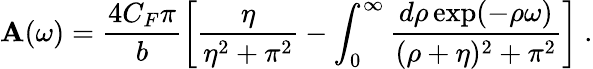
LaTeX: \mathbf{A}(\omega)=\frac{{4C_{F}\pi}}{{b}}\left[\frac{{\eta}}{{\eta^{2}+\pi^{2}}}-\int_{0}^{\infty}\frac{{d\rho\exp(-\rho\omega)}}{{(\rho+\eta)^{2}+\pi^{2}}}\right]~.